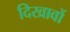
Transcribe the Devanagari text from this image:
दिखावों